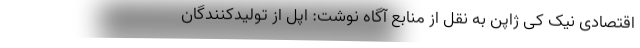
اقتصادی نیک کی ژاپن به نقل از منابع آگاه نوشت: اپل از تولیدکنندگان